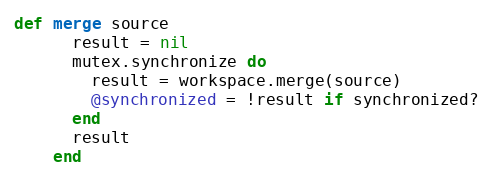
Language: Ruby
def merge source
      result = nil
      mutex.synchronize do
        result = workspace.merge(source)
        @synchronized = !result if synchronized?
      end
      result
    end